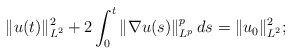
\begin{align*} \|u(t)\|_{L^2}^2 + 2 \int_0^t \|\nabla u(s)\|_{L^p}^p\,d s = \|u_0 \|_{L^2}^2;\end{align*}